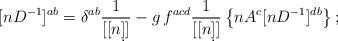
LaTeX: \begin{align*}[nD^{-1}]^{ab} = \delta^{ab} \frac{1}{[[n\d]]} - g\, f^{acd} \frac{1}{[[n\d]]} \left\{ nA^c [nD^{-1}]^{db} \right\};\end{align*}